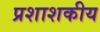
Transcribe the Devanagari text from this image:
प्रशाशकीय